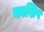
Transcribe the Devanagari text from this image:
काशिप